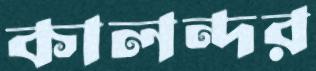
কালন্দর